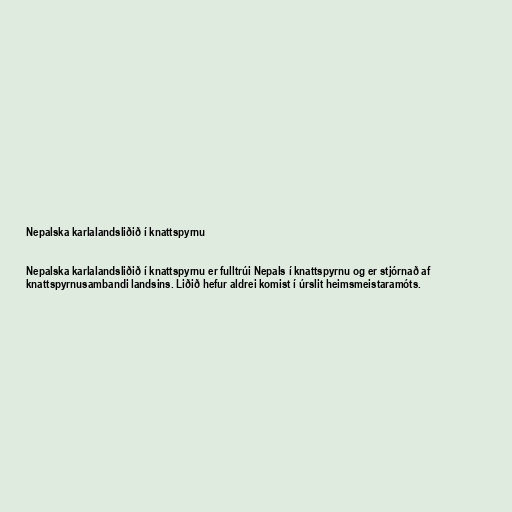
Nepalska karlalandsliðið í knattspyrnu

Nepalska karlalandsliðið í knattspyrnu er fulltrúi Nepals í knattspyrnu og er stjórnað af
knattspyrnusambandi landsins. Liðið hefur aldrei komist í úrslit heimsmeistaramóts.